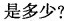
是多少?